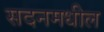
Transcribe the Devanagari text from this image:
सदनमधील